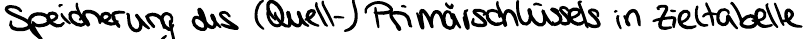
Speicherung des (Quell-) Primärschlüssels in Zieltabelle